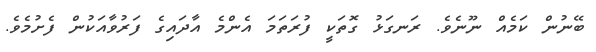
ބޭނުން ކަމެއް ނޫނެވެ. ރަނގަޅު ގޮތަކީ ފުރަތަމަ އެންމެ އާދައިގެ ފަރުވާއަކުން ފެށުމެވެ.